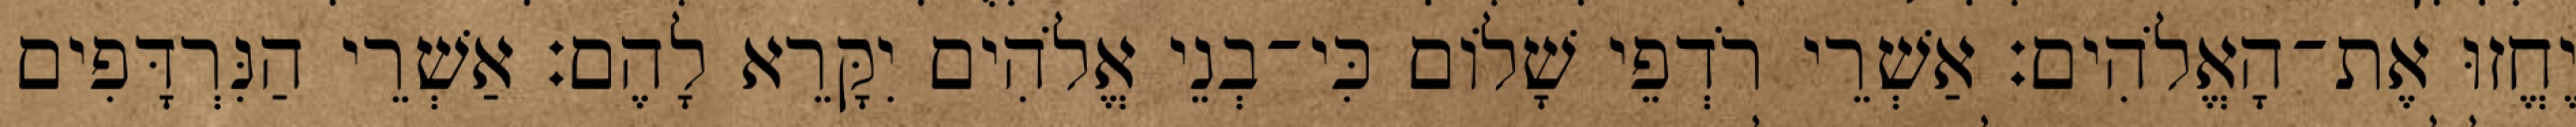
יֶחֱזוּ אֶת־הָאֱלֹהִים׃ אַשְׁרֵי רֹדְפֵי שָׁלוֹם כִּי־בְנֵי אֱלֹהִים יִקָּרֵא לָהֶם׃ אַשְׁרֵי הַנִּרְדָּפִים